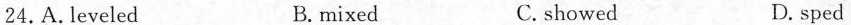
24.A. leveled B. mixed C. showed D. sped